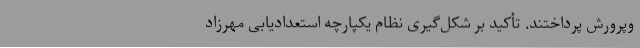
وپرورش پرداختند. تأکید بر شکل‌گیری نظام یکپارچه استعدادیابی مهرزاد